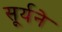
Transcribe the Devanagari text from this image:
सूर्यने